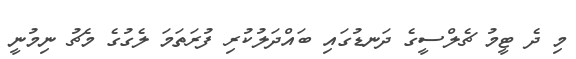
މި ދެ ޓީމު ޗެލްސީގެ ދަނޑުގައި ބައްދަލުކުރި ފުރަތަމަ ލެގުގެ މެޗު ނިމުނީ